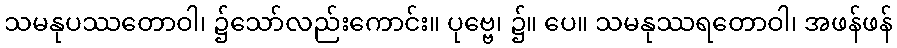
သမနုပဿတောဝါ၊ ၌သော်လည်းကောင်း။ ပုဗ္ဗေ၊ ၌။ ပေ။ သမနုဿရတောဝါ၊ အဖန်ဖန်